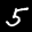
Digit: 5